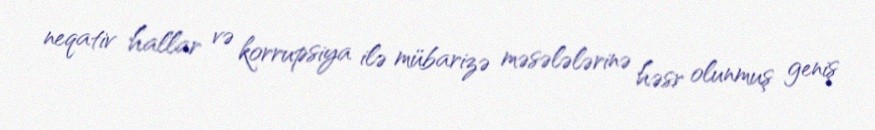
neqativ hallar və korrupsiya ilə mübarizə məsələlərinə həsr olunmuş geniş